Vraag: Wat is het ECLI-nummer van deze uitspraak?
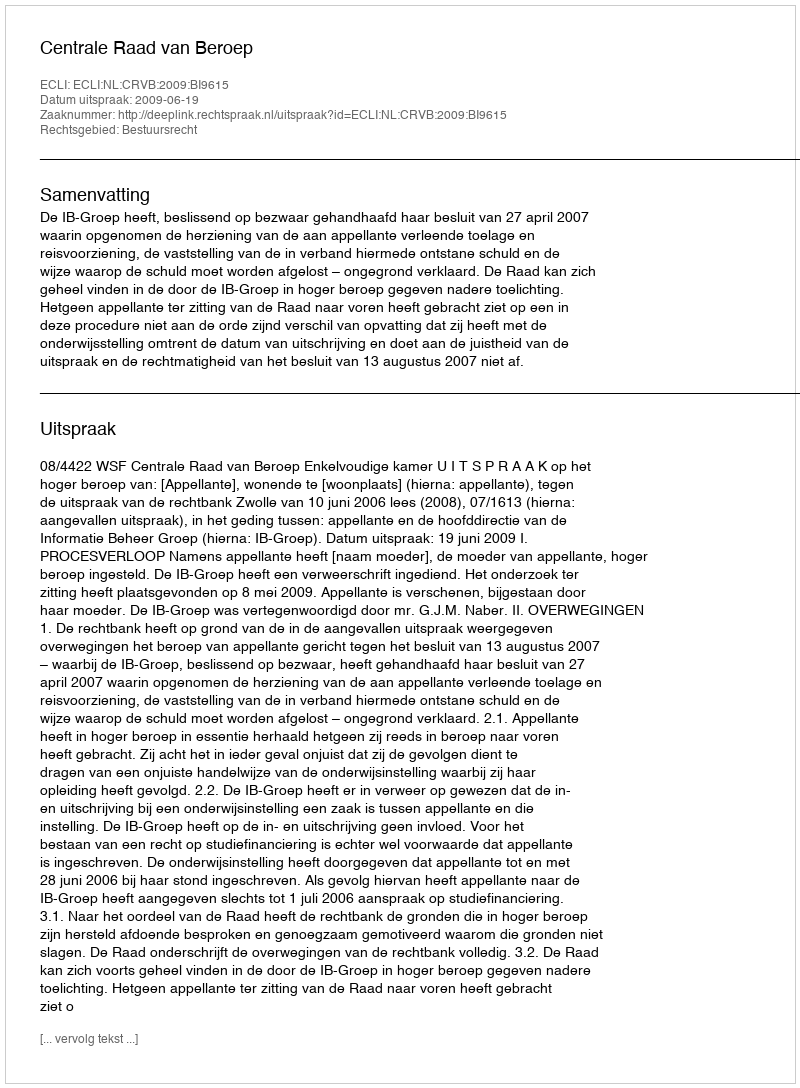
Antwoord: ECLI:NL:CRVB:2009:BI9615